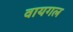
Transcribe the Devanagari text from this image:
वायगल